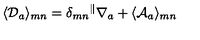
\langle { \cal D } _ { a } \rangle _ { m n } = \delta _ { m n } { } ^ { \parallel } \nabla _ { a } + \langle { \cal A } _ { a } \rangle _ { m n }